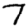
Digit: 7